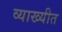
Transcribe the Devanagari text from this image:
व्याख्यीत